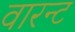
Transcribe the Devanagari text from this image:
वारन्‍ट